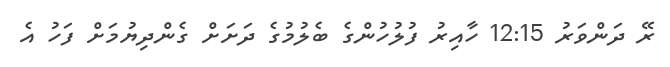
ރޭ ދަންވަރު 12:15 ހާއިރު ފުލުހުންގެ ބެލުމުގެ ދަށަށް ގެންދިޔުމަށް ފަހު އެ